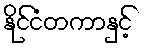
နိုင်ငံတကာနှင့်